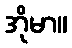
အိုမာ။